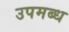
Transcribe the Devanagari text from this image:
उपमब्ध